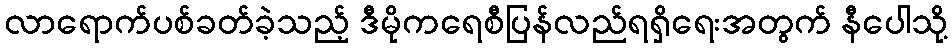
လာရောက်ပစ်ခတ်ခဲ့သည့် ဒီမိုကရေစီပြန်လည်ရရှိရေးအတွက် နီပေါသို့